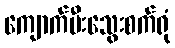
ကျောက်မီးသွေးစက်ရုံ